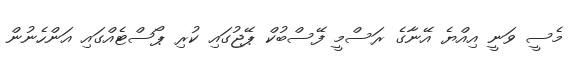
މެސީ ވަނީ އިއްޔެ އޭނާގެ ރަސްމީ ފޭސްބުކް ޕޭޖުގައި ކުރި ޕޯސްޓެއްގައި އަންހެނުން